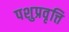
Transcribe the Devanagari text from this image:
पशुप्रवृत्ति